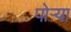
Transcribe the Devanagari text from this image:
पोऱ्या